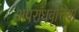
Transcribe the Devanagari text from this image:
अपराधवृत्तियों